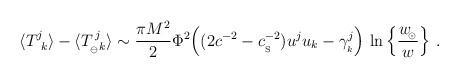
LaTeX: \begin{align*}\langle{T^{j}_{\ k}}\rangle-\langle T^{\,j}_{_{\ominus}k}\rangle\sim {\pi M^2\over 2}\Phi^2\Big( (2c^{-2}-c_{_{\rm S}}^{-2}) u^j u_k -\gamma^j_{_k}\Big)\,\ln \Big\{ {w_{\!_\odot}\over w} \Big\}\ . \end{align*}